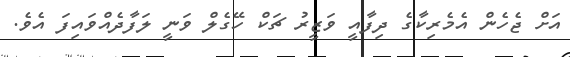
އަށް ޖެހެން އެމެރިކާގެ ދިފާއީ ވަޒީރު ޗަކް ހޭގެލް ވަނީ ލަފާދެއްވައިފަ އެވެ.